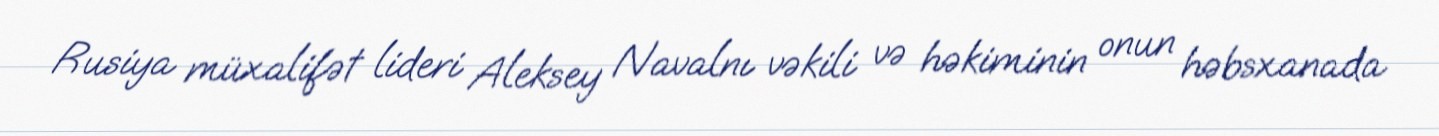
Rusiya müxalifət lideri Aleksey Navalnı vəkili və həkiminin onun həbsxanada